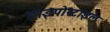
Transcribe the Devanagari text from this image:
हाइपोस्टाइल